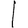
Digit: 1